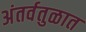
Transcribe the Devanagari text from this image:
अंतर्वतुळात